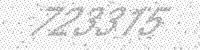
Solution: 723315